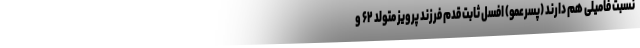
نسبت فامیلی هم دارند (پسرعمو) افسل ثابت قدم فرزند پرویز متولد ۶۲ و